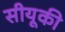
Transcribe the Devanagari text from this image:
सीयूकी